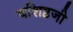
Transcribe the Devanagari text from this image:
वशिष्ठजी